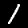
Label: 1